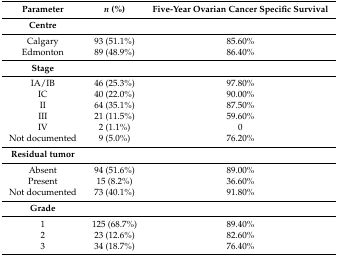
<table><thead><tr><td><b>Parameter</b></td><td><b><i>n</i> (%)</b></td><td><b>Five-Year Ovarian Cancer Specific Survival</b></td></tr></thead><tbody><tr><td><b>Centre</b></td><td></td><td></td></tr><tr><td>Calgary</td><td>93 (51.1%)</td><td>85.60%</td></tr><tr><td>Edmonton</td><td>89 (48.9%)</td><td>86.40%</td></tr><tr><td><b>Stage</b></td><td></td><td></td></tr><tr><td>IA/IB</td><td>46 (25.3%)</td><td>97.80%</td></tr><tr><td>IC</td><td>40 (22.0%)</td><td>90.00%</td></tr><tr><td>II</td><td>64 (35.1%)</td><td>87.50%</td></tr><tr><td>III</td><td>21 (11.5%)</td><td>59.60%</td></tr><tr><td>IV</td><td>2 (1.1%)</td><td>0</td></tr><tr><td>Not documented</td><td>9 (5.0%)</td><td>76.20%</td></tr><tr><td><b>Residual tumor</b></td><td></td><td></td></tr><tr><td>Absent</td><td>94 (51.6%)</td><td>89.00%</td></tr><tr><td>Present</td><td>15 (8.2%)</td><td>36.60%</td></tr><tr><td>Not documented</td><td>73 (40.1%)</td><td>91.80%</td></tr><tr><td><b>Grade</b></td><td></td><td></td></tr><tr><td>1</td><td>125 (68.7%)</td><td>89.40%</td></tr><tr><td>2</td><td>23 (12.6%)</td><td>82.60%</td></tr><tr><td>3</td><td>34 (18.7%)</td><td>76.40%</td></tr></tbody></table>